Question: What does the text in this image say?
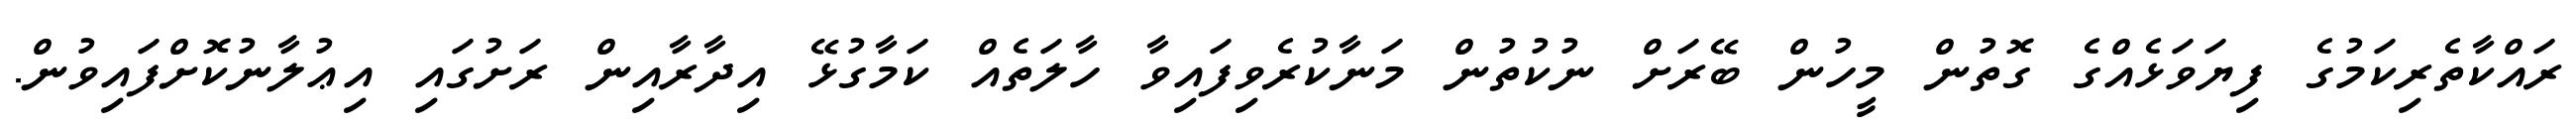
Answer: ރައްކާތެރިކަމުގެ ފިޔަވަޅެއްގެ ގޮތުން މީހުން ބޭރަށް ނުކުތުން މަނާކުރެވިފައިވާ ހާލަތެއް ކަމާގުޅޭ އިދާރާއިން ރަށުގައި އިޢުލާނުކޮށްފައިވުން.